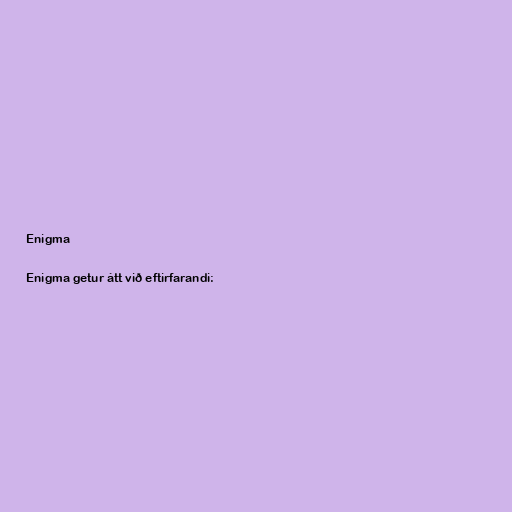
Enigma

Enigma getur átt við eftirfarandi: